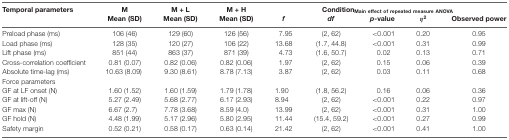
<table><thead><tr><td><b>Temporal parameters</b></td><td><b>M</b></td><td><b>M + L</b></td><td><b>M + H</b></td><td colspan="5"><b>Condition<sub>Main effect of repeated measure ANOVA</sub></b></td></tr><tr><td></td><td><b>Mean (SD)</b></td><td><b>Mean (SD)</b></td><td><b>Mean (SD)</b></td><td><b><i>f</i></b></td><td><b><i>df</i></b></td><td><b><i>p</i>-value</b></td><td><b><i>η</i><sup>2</sup></b></td><td><b>Observed power</b></td></tr></thead><tbody><tr><td>Preload phase (ms)</td><td>106 (46)</td><td>129 (60)</td><td>126 (56)</td><td>7.95</td><td>(2, 62)</td><td>&lt;0.001</td><td>0.20</td><td>0.95</td></tr><tr><td>Load phase (ms)</td><td>128 (35)</td><td>120 (27)</td><td>106 (22)</td><td>13.68</td><td>(1.7, 44.8)</td><td>&lt;0.001</td><td>0.31</td><td>0.99</td></tr><tr><td>Lift phase (ms)</td><td>851 (44)</td><td>863 (37)</td><td>871 (39)</td><td>4.73</td><td>(1.6, 50.7)</td><td>0.02</td><td>0.13</td><td>0.71</td></tr><tr><td>Cross-correlation coefficient</td><td>0.81 (0.07)</td><td>0.82 (0.06)</td><td>0.82 (0.06)</td><td>1.97</td><td>(2, 62)</td><td>0.15</td><td>0.06</td><td>0.39</td></tr><tr><td>Absolute time-lag (ms)</td><td>10.63 (8.09)</td><td>9.30 (8.61)</td><td>8.78 (7.13)</td><td>3.87</td><td>(2, 62)</td><td>0.03</td><td>0.11</td><td>0.68</td></tr><tr><td>Force parameters</td><td></td><td></td><td></td><td></td><td></td><td></td><td></td><td></td></tr><tr><td>GF at LF onset (N)</td><td>1.60 (1.52)</td><td>1.60 (1.59)</td><td>1.79 (1.78)</td><td>1.90</td><td>(1.8, 56.2)</td><td>0.16</td><td>0.06</td><td>0.36</td></tr><tr><td>GF at lift-off (N)</td><td>5.27 (2.49)</td><td>5.68 (2.77)</td><td>6.17 (2.93)</td><td>8.94</td><td>(2, 62)</td><td>&lt;0.001</td><td>0.22</td><td>0.97</td></tr><tr><td>GF max (N)</td><td>6.67 (2.7)</td><td>7.78 (3.68)</td><td>8.59 (4.0)</td><td>13.99</td><td>(2, 62)</td><td>&lt;0.001</td><td>0.31</td><td>1.00</td></tr><tr><td>GF hold (N)</td><td>4.48 (1.99)</td><td>5.17 (2.96)</td><td>5.80 (2.95)</td><td>11.44</td><td>(15.4, 59.2)</td><td>&lt;0.001</td><td>0.27</td><td>0.99</td></tr><tr><td>Safety margin</td><td>0.52 (0.21)</td><td>0.58 (0.17)</td><td>0.63 (0.14)</td><td>21.42</td><td>(2, 62)</td><td>&lt;0.001</td><td>0.41</td><td>1.00</td></tr></tbody></table>